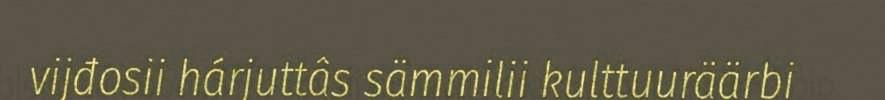
vijđosii hárjuttâs sämmilii kulttuuräärbi